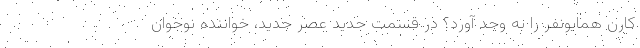
کارن همایونفر را به وجد آورد؟ در قسمت جدید عصر جدید، خواننده نوجوان